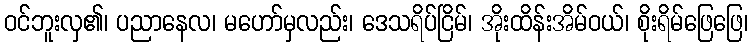
ဝင်ဘူးလှ၏၊ ပညာနေလ၊ မဟော်မှလည်း၊ ဒေသရိပ်ငြိမ်၊ အိုးထိန်းအိမ်ဝယ်၊ စိုးရိမ်ဖြေဖြေ၊